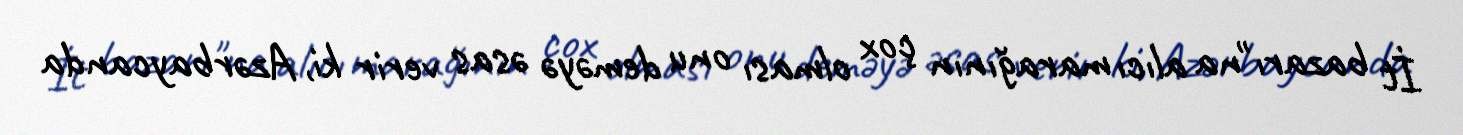
İt bazarı"na alıcı marağının çox olması onu deməyə əsas verir ki, Azərbaycanda